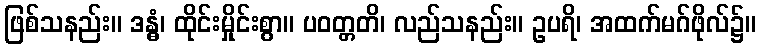
ဖြစ်သနည်း။ ဒန္ဓံ၊ ထိုင်းမှိုင်းစွာ။ ပဝတ္တတိ၊ လည်သနည်း။ ဥပရိ၊ အထက်မဂ်ဖိုလ်၌။